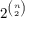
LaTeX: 2 ^ { \binom { n } { 2 } }